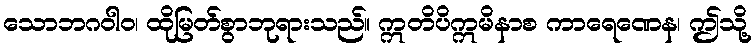
သောဘဂဝါဝ၊ ထိုမြတ်စွာဘုရားသည်။ ဣတိပိဣမိနာစ ကာရေဏေန၊ ဤသို့